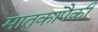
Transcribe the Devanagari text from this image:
मातृकांपैकी